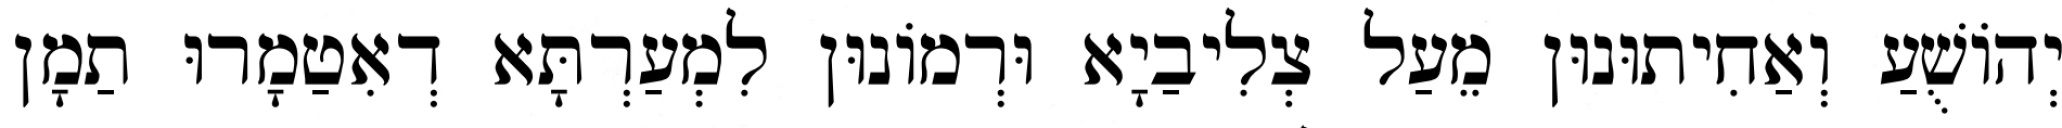
יְהוֹשֻׁעַ וְאַחִיתוּנוּן מֵעַל צְלִיבַיָא וּרְמוֹנוּן לִמְעַרְתָּא דְאִטַמָרוּ תַמָן